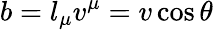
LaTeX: b=l_{\mu}v^{\mu}=v\cos\theta